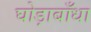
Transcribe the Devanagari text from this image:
घोड़ाबाँधा